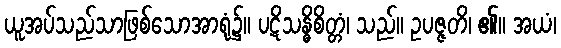
ယူအပ်သည်သာဖြစ်သောအာရုံ၌။ ပဋိသန္ဓိစိတ္တံ၊ သည်။ ဥပဇ္ဇတိ၊ ၏။ အယံ၊